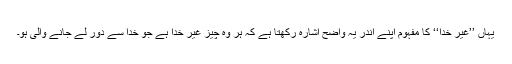
یہاں ’’غیرِ خدا‘‘ کا مفہوم اپنے اندر یہ واضح اشارہ رکھتا ہے کہ ہر وہ چیز غیرِ خدا ہے جو خدا سے دور لے جانے والی ہو۔